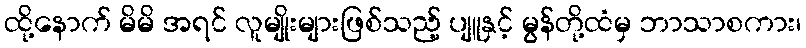
ထို့နောက် မိမိ အရင် လူမျိုးများဖြစ်သည့် ပျူနှင့် မွန်တို့ထံမှ ဘာသာစကား၊